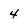
Character: 4